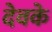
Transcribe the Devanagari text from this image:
देवके